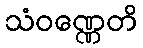
သံဝဏ္ဏေတိ